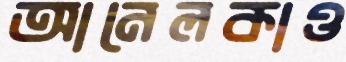
আনেলকাও